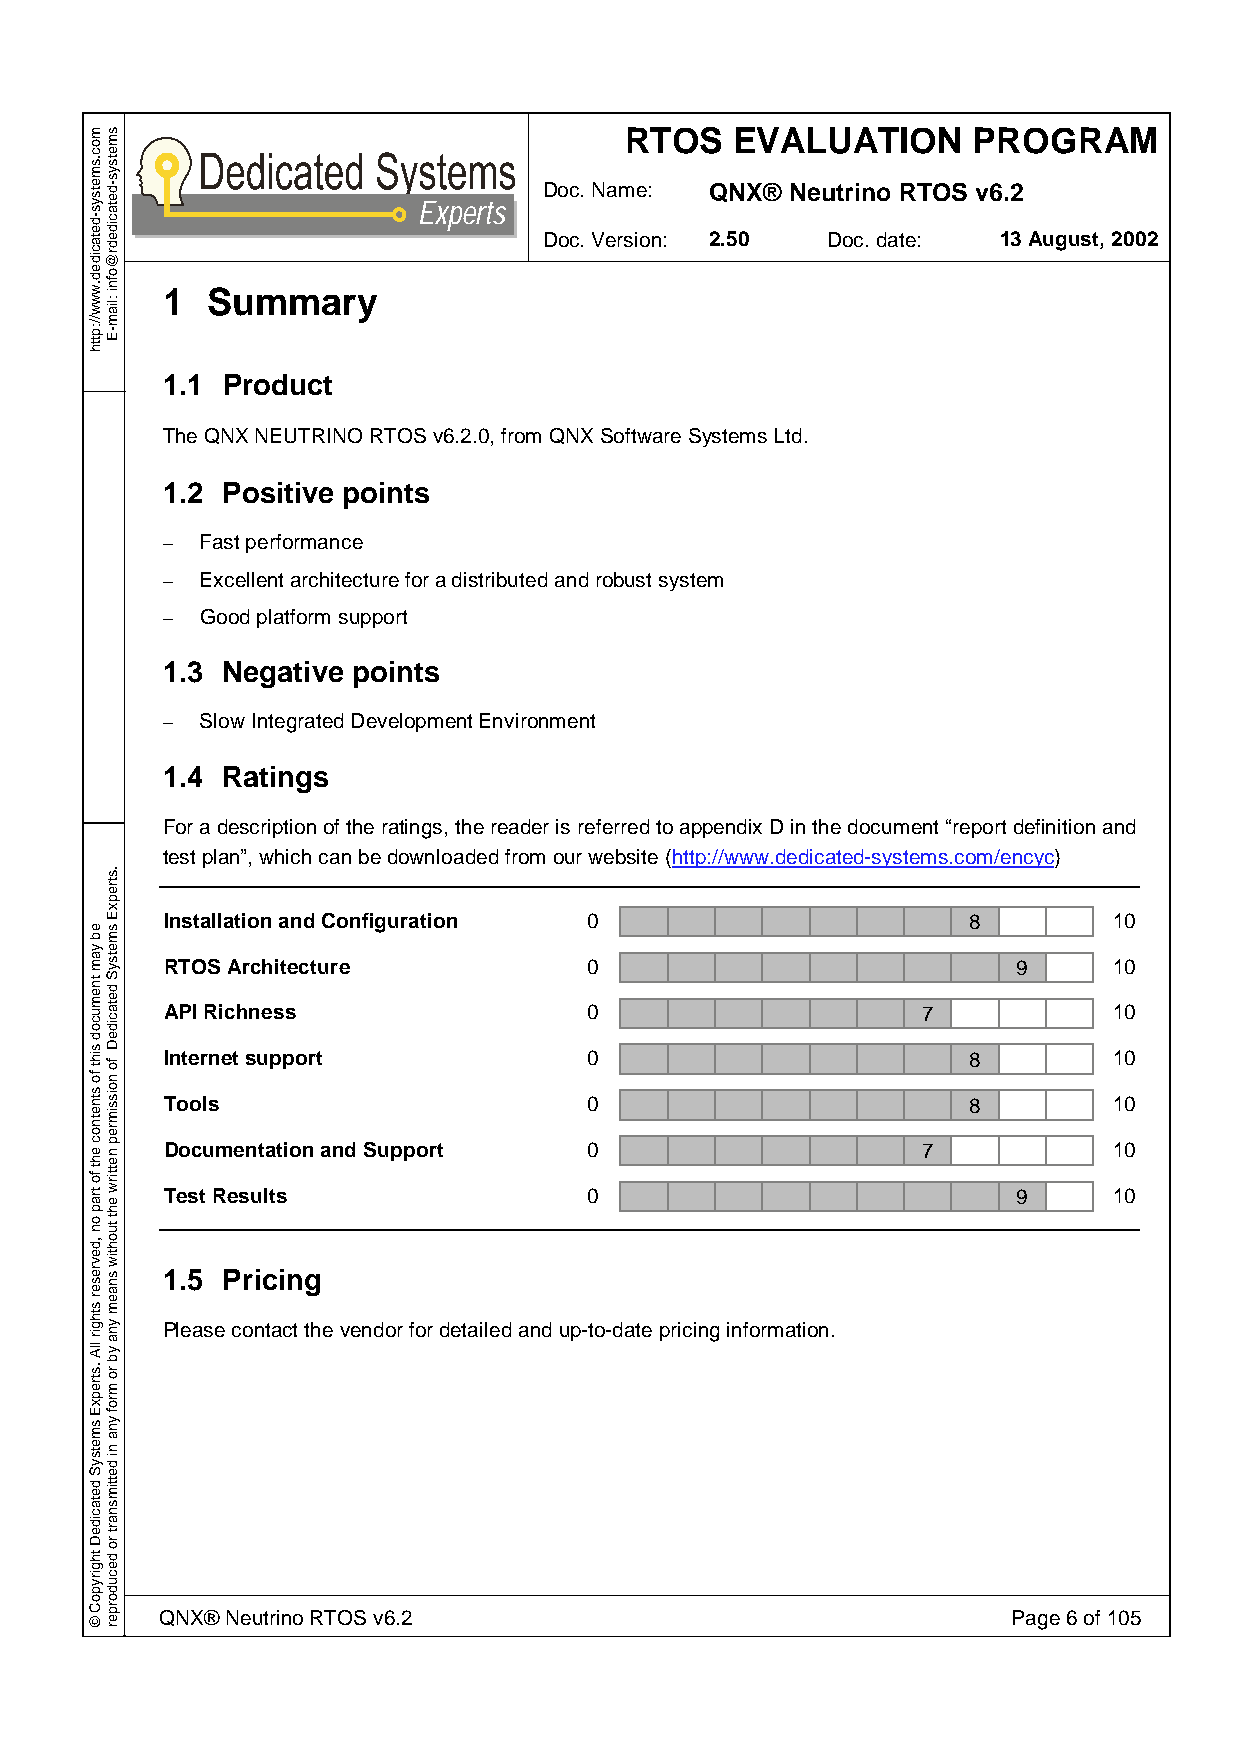
RTOS    EVALUATION     PROGRAM
 Doc. Name: QNX® Neutrino RTOS v6.2
 Experts
 Doc. Version: 2.50 Doc. date: 13 August, 2002
 1  Summary
 1.1 Product
 The QNX NEUTRINO RTOS v6.2.0, from QNX Software Systems Ltd.
 1.2 Positive points
 – Fast performance
 – Excellent architecture for a distributed and robust system
 – Good platform support
 1.3 Negative points
 – Slow Integrated Development Environment
 1.4 Ratings
 For a description of the ratings, the reader is referred to appendix D in the document “report definition and
 test plan”, which can be downloaded from our website (http://www.dedicated-systems.com/encyc)
 Installation and Configuration 0                     8         10
 RTOS Architecture           0                           9      10
 API Richness                0                     7            10
 Internet support            0                        8         10
 Tools                       0                        8         10
 Documentation and Support   0                     7            10
 Test Results                0                           9      10
 1.5 Pricing
 Please contact the vendor for detailed and up-to-date pricing information.
 QNX® Neutrino RTOS v6.2                                 Page 6 of 105
 moc.smetsys-detacided.www//:ptth
 eb
 yam
 tnemucod
 siht
 fo
 stnetnoc
 eht
 fo
 trap
 on
 ,devreser
 sthgir
 llA
 .strepxE
 smetsyS
 detacideD
 thgirypoC
 ©
 smetsys-detacidedr@ofni
 :liam-E
 .strepxE
 smetsyS
 detacideD
 fo
 noissimrep
 nettirw
 eht
 tuohtiw
 snaem
 yna
 yb
 ro
 mrof
 yna
 ni
 dettimsnart
 ro
 decudorper